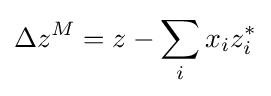
\Delta z^{M}=z-\sum _{i}x_{i}z_{i}^{*}